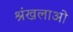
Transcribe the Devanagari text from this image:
श्रंखलाओ